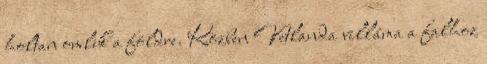
holtan omlik a földre. Közben Vetlanda villáma a falhoz